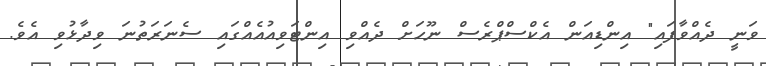
ވަނީ ދެއްވާފައި" އިންޑިއަން އެކްސްޕްރެސް ނޫހަށް ދެއްވި އިންޓަވިއުއެއްގައި ސެނަރަތުނަ ވިދާޅުވި އެވެ.